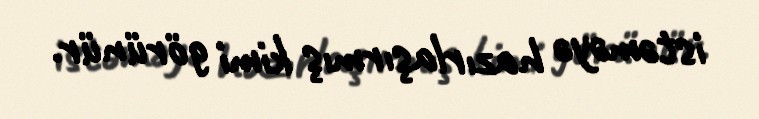
istəməyə hazırlaşırmış kimi görünür.